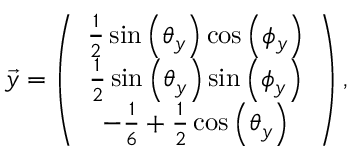
\begin{array} { r } { \overrightarrow { y } = \left( \begin{array} { c } { \frac { 1 } { 2 } \sin \left( \theta _ { y } \right) \cos \left( \phi _ { y } \right) } \\ { \frac { 1 } { 2 } \sin \left( \theta _ { y } \right) \sin \left( \phi _ { y } \right) } \\ { - \frac { 1 } { 6 } + \frac { 1 } { 2 } \cos \left( \theta _ { y } \right) } \end{array} \right) , } \end{array}